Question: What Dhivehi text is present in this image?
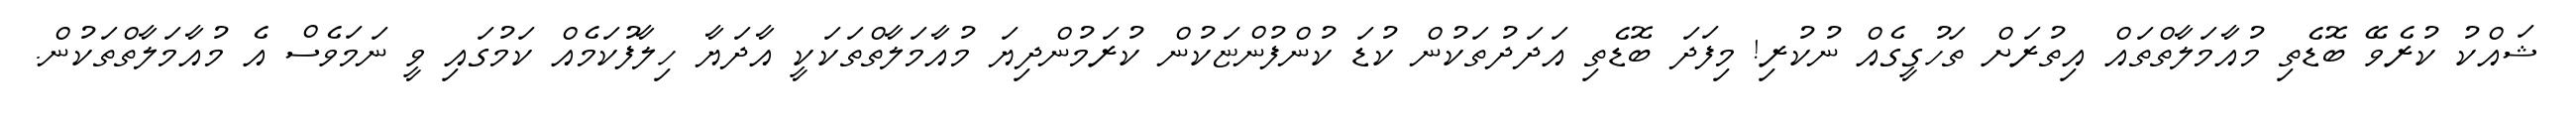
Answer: ޝައްކު ކުރެވޭ ބޮޑެތި މުއާމަލާތްތައް އިތުރަށް ތަހުގީގެއް ނުކުރި! މިފަދަ ބޮޑެތި އަދަދުތަކުން ކުޑަ ކުންފުންޏަކުން ކުރަމުންދިޔަ މުއާމަލާތްތަކަކީ އާދަޔާ ހިލާފުކަމެއް ކަމުގައި ވީ ނަމަވެސް އެ މުއާމަލާތްތަކުން.